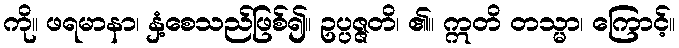
ကို။ ဖရမာနာ၊ နှံ့စေသည်ဖြစ်၍။ ဥပ္ပဇ္ဇတိ၊ ၏။ ဣတိ တသ္မာ၊ ကြောင့်။